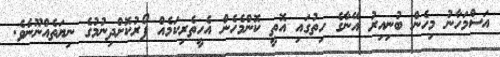
އަސްމަހާނު މިހެން ބުނިއިރު އޭނާގެ ހިތުގައި އޮތީ ކޮންމެހެން އެހީތެރިކަމެއް ފޯރުކޮށްދިނުމުގެ ނިޔަތެއްނޫނެވެ.